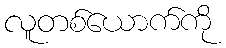
လူတစ်ယောက်ကို